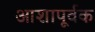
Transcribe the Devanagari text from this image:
आशापूर्वक